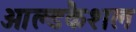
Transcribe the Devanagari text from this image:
ओल्डकैशल